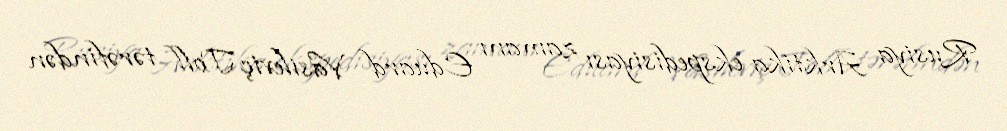
Rusiya Arktika ekspedisiyası zamanı Eduard Vasileviç Toll tərəfindən